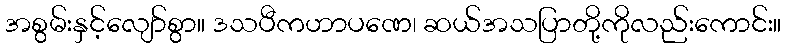
အစွမ်းနှင့်လျော်စွာ။ ဒသပီကဟာပဏေ၊ ဆယ်အသပြာတို့ကိုလည်းကောင်း။